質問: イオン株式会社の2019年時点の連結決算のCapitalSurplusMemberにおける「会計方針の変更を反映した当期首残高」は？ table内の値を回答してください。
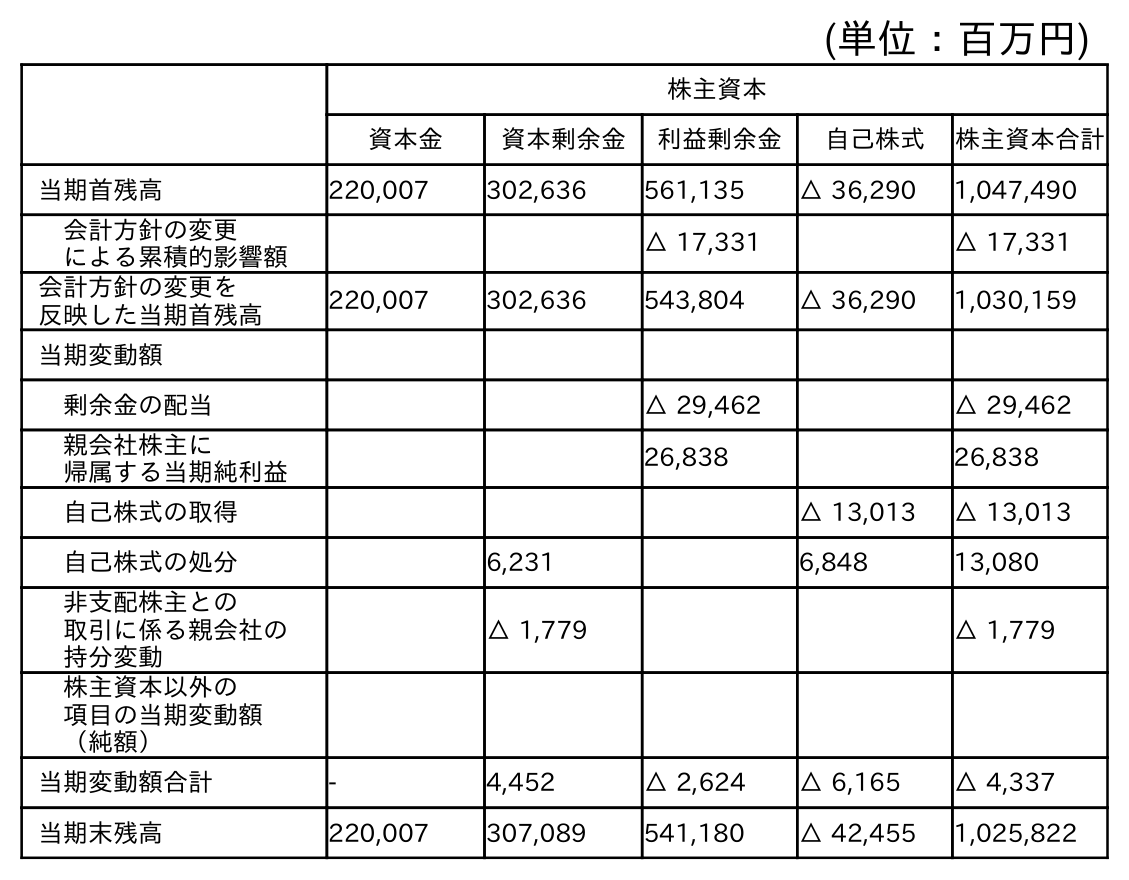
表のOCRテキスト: (単位：百万円) 株主資本 資本金 資本剰余金 利益剰余金 自己株式 株主資本合計 当期首残高 220,007 302,636 561,135 △ 36,290 1,047,490 会計方針の変更 による累積的影響額 △ 17,331 △ 17,331 会計方針の変更を 反映した当期首残高 220,007 302,636 543,804 △ 36,290 1,030,159 当期変動額 剰余金の配当 △ 29,462 △ 29,462 親会社株主に 帰属する当期純利益 26,838 26,838 自己株式の取得 △ 13,013 △ 13,013 自己株式の処分 6,231 6,848 13,080 非支配株主との 取引に係る親会社の 持分変動 △ 1,779 △ 1,779 株主資本以外の 項目の当期変動額 （純額） 当期変動額合計 - 4,452 △ 2,624 △ 6,165 △ 4,337 当期末残高 220,007 307,089 541,180 △ 42,455 1,025,822
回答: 302,636